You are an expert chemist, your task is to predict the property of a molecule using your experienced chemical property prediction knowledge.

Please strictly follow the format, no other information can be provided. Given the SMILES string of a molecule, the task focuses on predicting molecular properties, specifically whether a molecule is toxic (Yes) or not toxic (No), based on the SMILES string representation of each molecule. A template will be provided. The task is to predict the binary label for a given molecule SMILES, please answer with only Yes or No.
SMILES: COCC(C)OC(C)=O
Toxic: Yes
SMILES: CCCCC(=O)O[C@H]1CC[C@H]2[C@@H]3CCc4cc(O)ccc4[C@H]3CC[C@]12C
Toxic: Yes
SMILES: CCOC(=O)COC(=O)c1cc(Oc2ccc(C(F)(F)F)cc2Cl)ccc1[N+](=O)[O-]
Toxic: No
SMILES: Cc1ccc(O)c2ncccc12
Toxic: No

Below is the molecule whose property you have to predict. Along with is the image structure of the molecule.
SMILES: CCCCCC(N)=O
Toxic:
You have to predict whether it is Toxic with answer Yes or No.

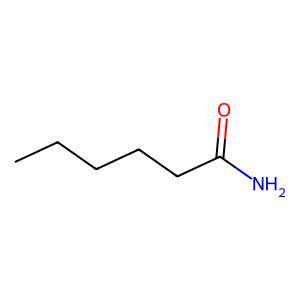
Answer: No